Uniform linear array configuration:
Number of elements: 8
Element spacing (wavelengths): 0.75
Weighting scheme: hann
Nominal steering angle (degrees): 0
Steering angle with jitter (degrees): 0.8862
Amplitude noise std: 0.05
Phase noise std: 0.05

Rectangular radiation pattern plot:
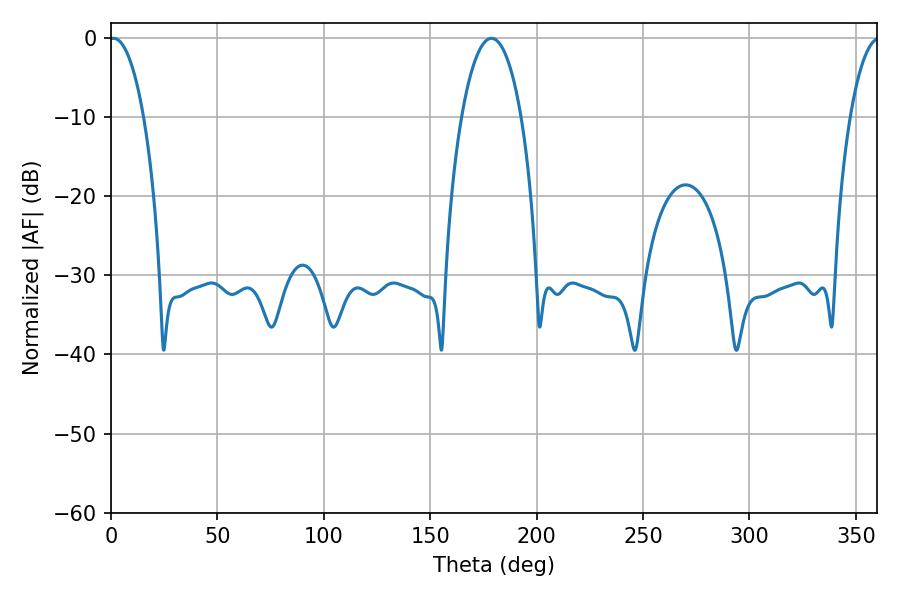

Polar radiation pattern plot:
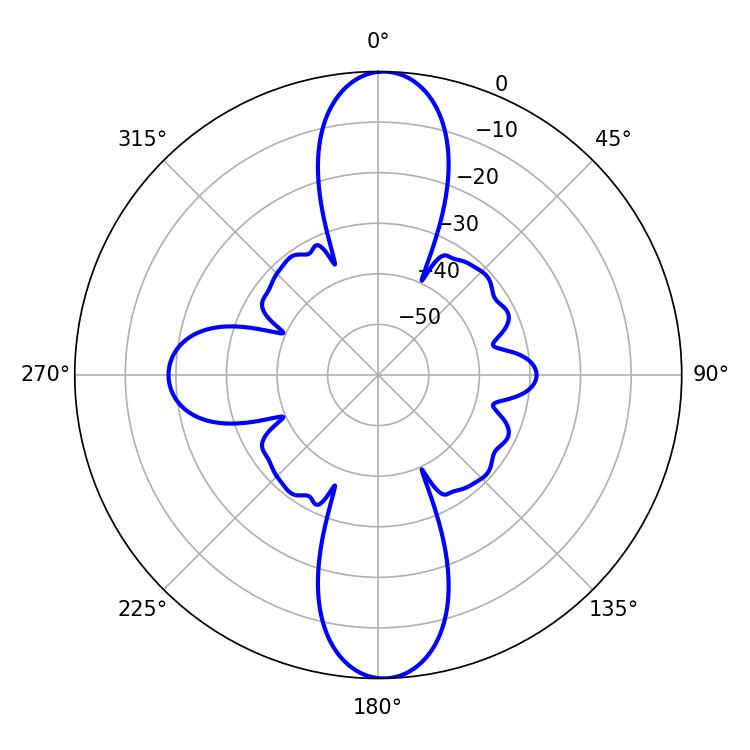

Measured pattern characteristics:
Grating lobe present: TRUE
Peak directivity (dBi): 23.881
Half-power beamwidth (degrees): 9.18
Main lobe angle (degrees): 1.26